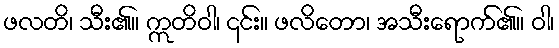
ဖလတိ၊ သီး၏။ ဣတိဝါ၊ ၎င်း။ ဖလိတော၊ အသီးရောက်၏။ ဝါ၊